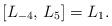
LaTeX: \begin{align*}[L_{-4}, \, L_5] =L_1.\end{align*}